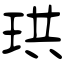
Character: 珙